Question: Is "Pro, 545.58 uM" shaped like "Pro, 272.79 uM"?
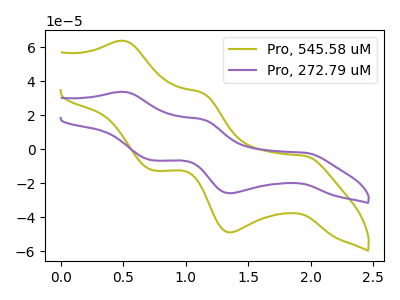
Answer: <think>The olive curve "Pro, 545.58 uM" has anodic peaks at (0.50V, 63.80uA) (1.15V, 33.20uA) and cathodic peaks at (1.95V, -3.95uA) (1.35V, -49.00uA) (0.75V, -12.45uA). The purple curve "Pro, 272.79 uM" has anodic peaks at (0.50V, 33.80uA) (1.15V, 17.60uA) and cathodic peaks at (1.95V, -2.10uA) (1.35V, -25.95uA) (0.75V, -6.60uA).
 All the peaks in "Pro, 545.58 uM" have a peak in "Pro, 272.79 uM" at the same potential. Every peak in "Pro, 545.58 uM" is higher than every peak in "Pro, 272.79 uM".</think>
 <answer>"Pro, 545.58 uM" and "Pro, 272.79 uM" are similar in shape.</answer>
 <eval>same_shape</eval>